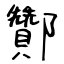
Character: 酇